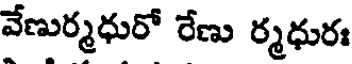
వేణుర్మధురో రేణు ర్మధురః